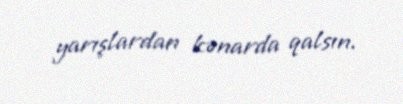
yarışlardan kənarda qalsın.